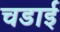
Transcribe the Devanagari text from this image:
चडाई